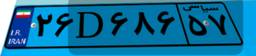
۱۰D۶۰۳۹۶